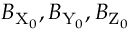
B _ { \mathrm { X } _ { 0 } } , B _ { \mathrm { Y } _ { 0 } } , B _ { \mathrm { Z } _ { 0 } }